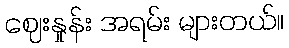
ဈေးနှုန်း အရမ်း များတယ်။